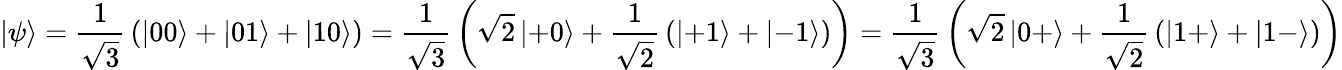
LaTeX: \left|\psi\right\rangle={\frac{1}{\sqrt{3}}}\left(\left|00\right\rangle+\left|01\right\rangle+\left|10\right\rangle\right)={\frac{1}{\sqrt{3}}}\left({\sqrt{2}}\left|+0\right\rangle+{\frac{1}{\sqrt{2}}}\left(\left|+1\right\rangle+\left|-1\right\rangle\right)\right)={\frac{1}{\sqrt{3}}}\left({\sqrt{2}}\left|0+\right\rangle+{\frac{1}{\sqrt{2}}}\left(\left|1+\right\rangle+\left|1-\right\rangle\right)\right)